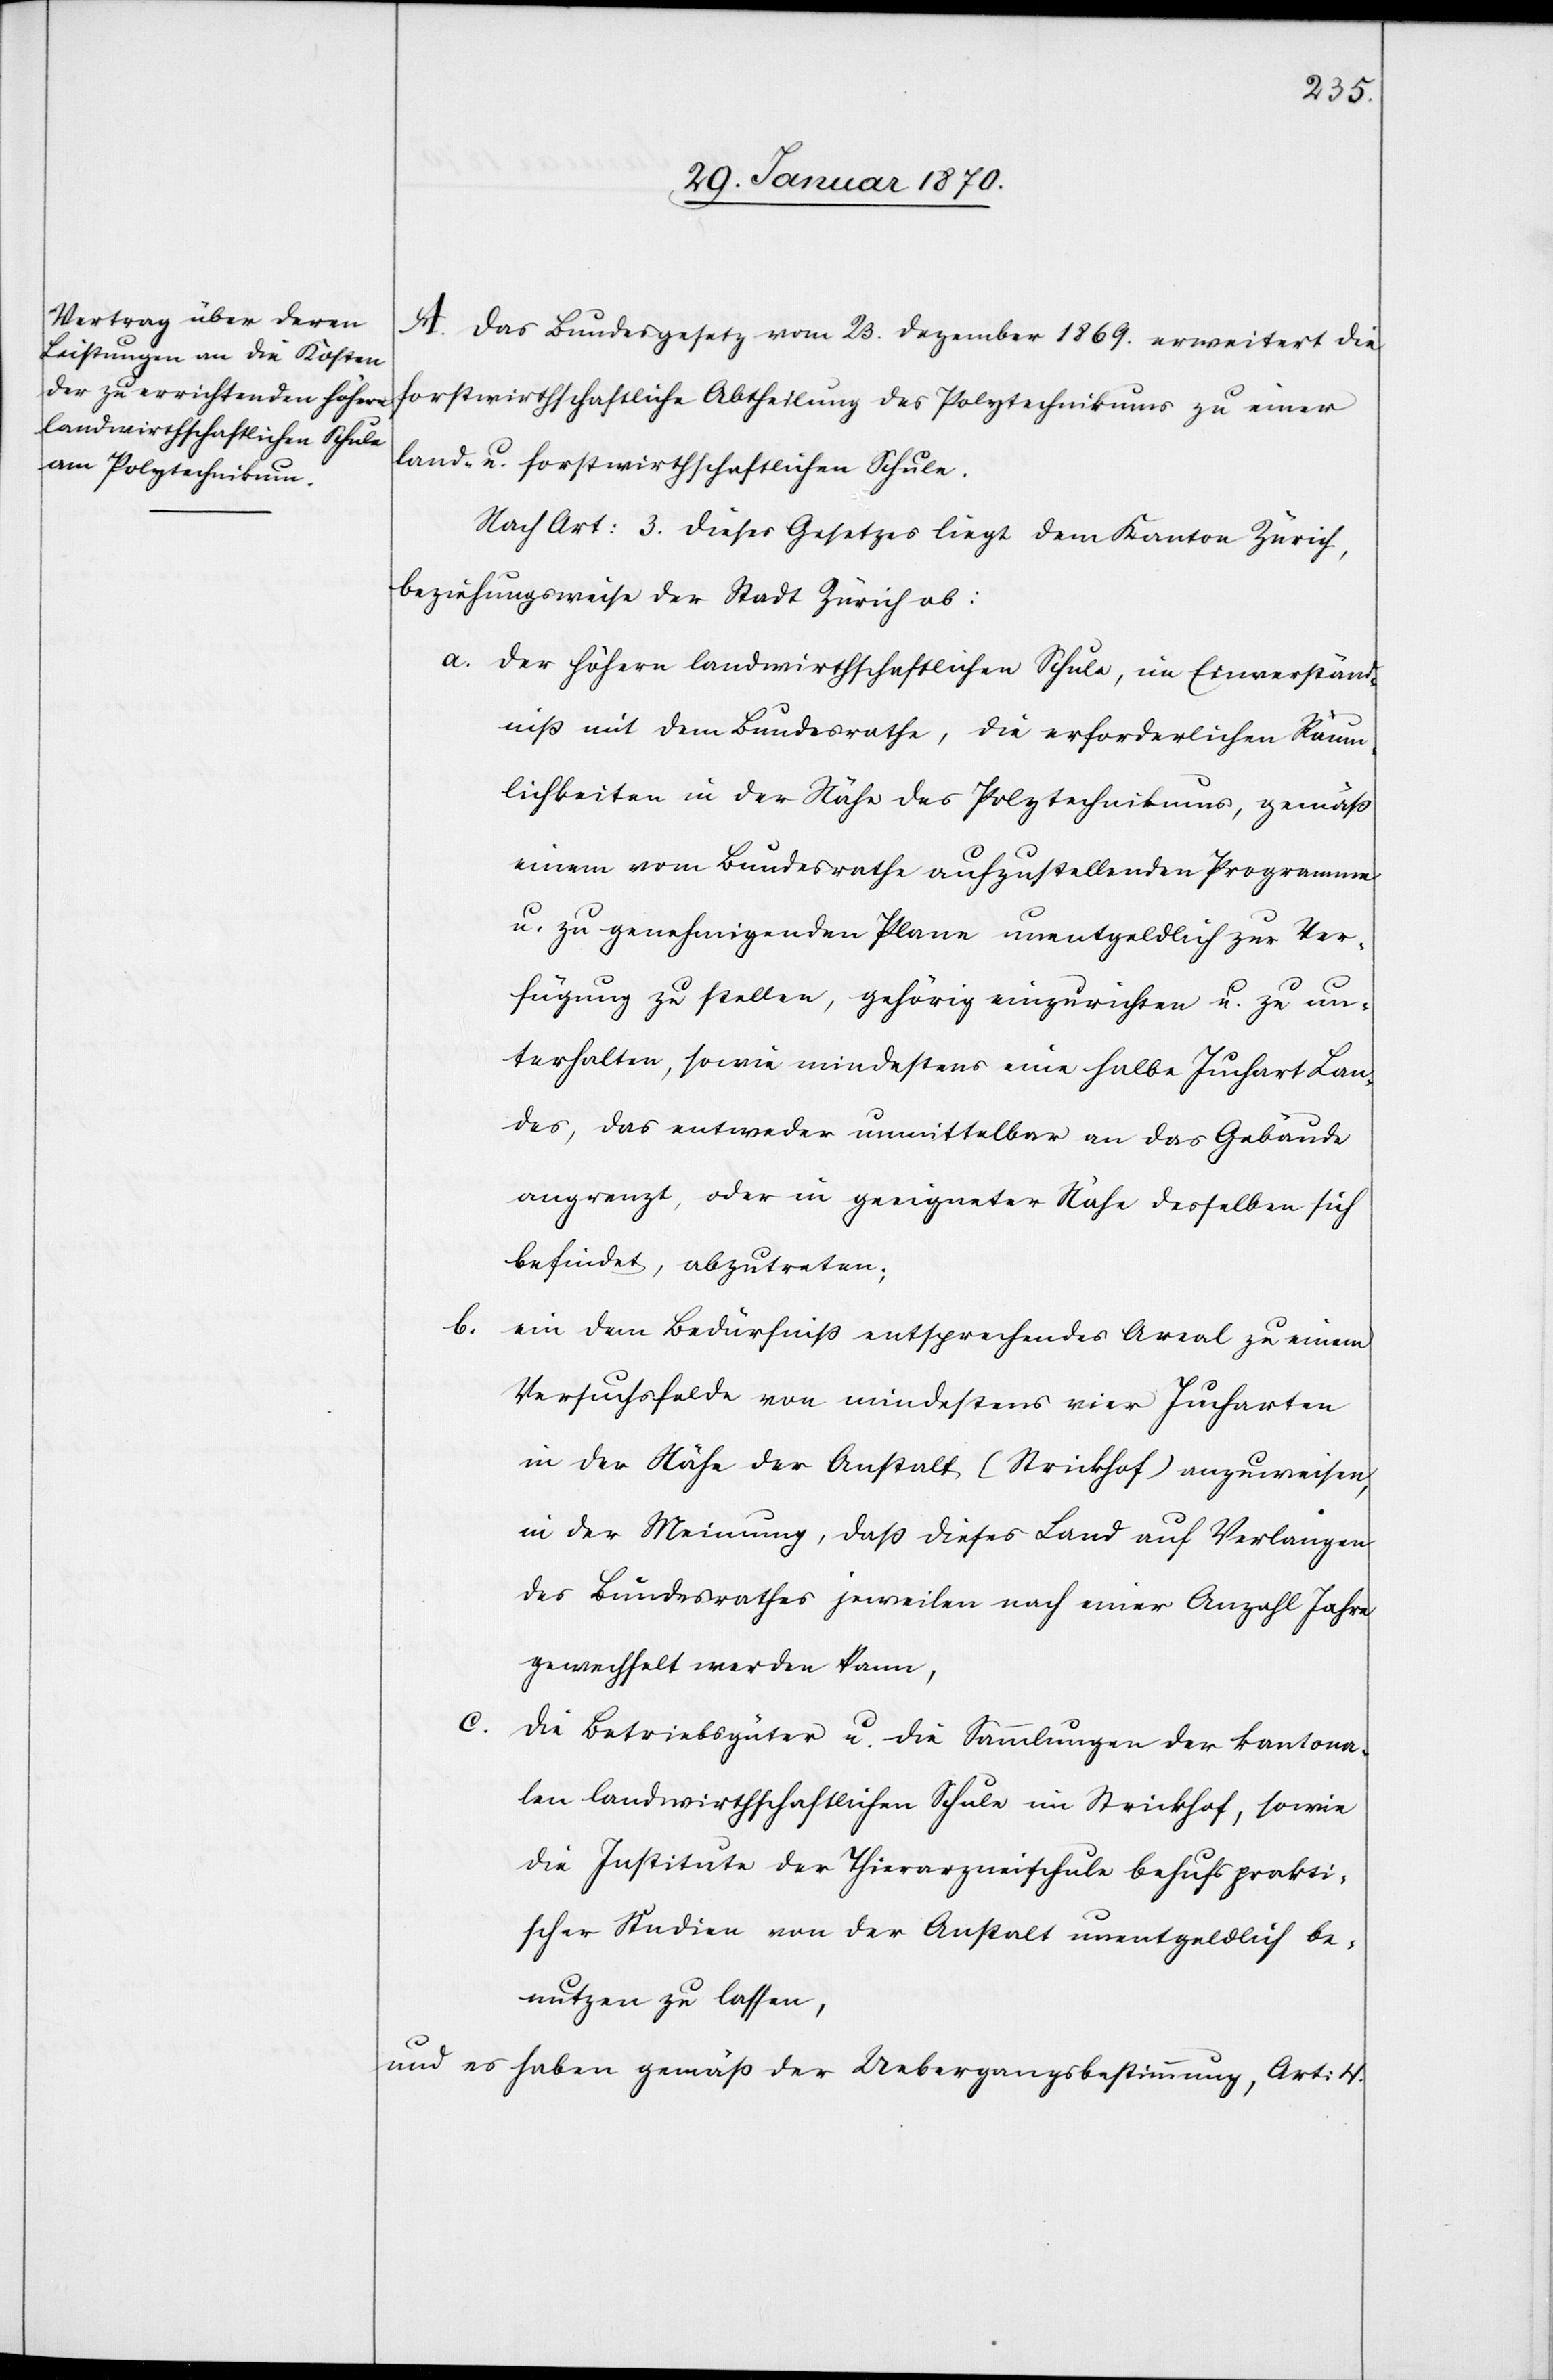
A. Das Bundesgesetz vom 23. Dezember 1869. erweitert die
forstwirthschaftliche Abtheilung des Polytechnikums zu einer
land- u. forstwirthschaftlichen Schule.
Nach Art: 3. dieses Gesetzes liegt dem Kanton Zürich,
beziehungsweise der Stadt Zürich ab:
a. Der höhern landwirthschaftlichen Schule, im Einverständ¬
niß mit dem Bundesrathe, die erforderlichen Räum¬
lichkeiten in der Nähe des Polytechnikums, gemäß
einem vom Bundesrathe aufzustellenden Programme
u. zu genehmigenden Plane unentgeldlich zur Ver¬
fügung zu stellen, gehörig einzurichten u. zu un¬
terhalten, sowie mindestens eine halbe Juchart Lan¬
des, das entweder unmittelbar an das Gebäude
angrenzt, oder in geeigneter Nähe desselben sich
befindet, abzutreten;
b. ein dem Bedürfniß entsprechendes Areal zu einem
Versuchsfelde von mindestens vier Jucharten
in der Nähe der Anstalt (Strickhof) anzuweisen,
in der Meinung, daß dieses Land auf Verlangen
des Bundesrathes jeweilen nach einer Anzahl Jahre
gewechselt werden kann,
c.
Die Betriebsgüter u. die Sammlungen der kantona¬
len landwirthschaftlichen Schule im Strickhof, sowie
die Institute der Thierarzneischule behufs prakti¬
scher Studien von der Anstalt unentgeldlich be¬
nutzen zu lassen,
und es haben gemäß der Uebergangsbestimmung, Art: 4.